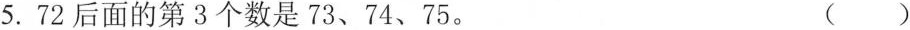
5.72后面的第3个数是73、74、75。 ()